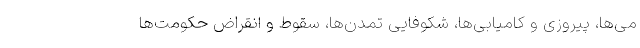
مى‌ها، پيروزى و كاميابى‌ها، شكوفايى تمدّن‌ها، سقوط و انقراض حكومت‌ها